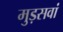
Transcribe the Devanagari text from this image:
मुड़सवां